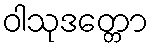
ဝါသုဒတ္တော